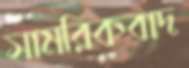
সামরিকবাদ